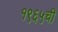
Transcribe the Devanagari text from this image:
१९६५ची